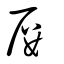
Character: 屢